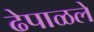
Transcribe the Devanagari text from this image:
ढेपाळले